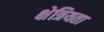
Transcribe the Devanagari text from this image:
क्षेत्रियता